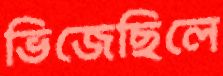
ভিজেছিলে